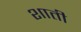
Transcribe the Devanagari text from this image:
शाती